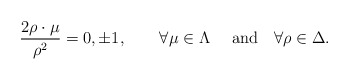
\begin{align*}{2\rho\cdot\mu\over{\rho^2}}=0,\pm 1,\quad \quad \forall\mu\in\Lambda \quad \ \mbox{and}\quad \forall\rho\in\Delta. \end{align*}